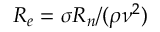
R _ { e } = \sigma R _ { n } / ( \rho \nu ^ { 2 } )